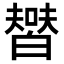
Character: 𤾞